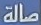
صالة